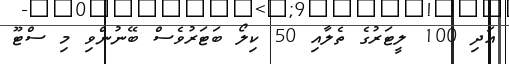
އަދި 100 ލީޓަރުގެ ތެލާއި 50 ކިލޯ ބަޓަރުވެސް ބޭނުންވި މި ސްޓޫ